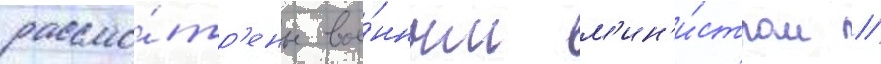
рассмо́тр'ены вое́нным м'ин'и́стром /